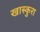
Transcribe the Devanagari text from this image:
खास्कुरा